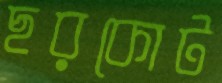
ছরকোট